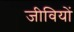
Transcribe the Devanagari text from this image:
जीवियों